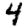
Digit: 4